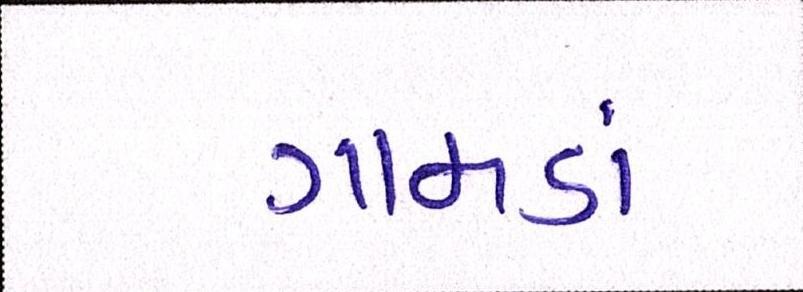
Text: ગામડાં